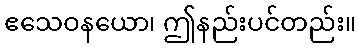
ဧသေဝနယော၊ ဤနည်းပင်တည်း။